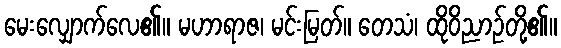
မေးလျှောက်လေ၏။ မဟာရာဇ၊ မင်းမြတ်။ တေသံ၊ ထိုဝိညာဉ်တို့၏။